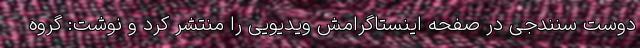
دوست سنندجی در صفحه اینستاگرامش ویدیویی را منتشر کرد و نوشت: گروه